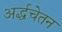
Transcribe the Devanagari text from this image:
अर्द्धचेतन